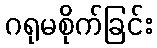
ဂရုမစိုက်ခြင်း